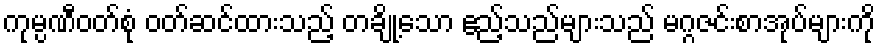
ကုမ္ပဏီဝတ်စုံ ဝတ်ဆင်ထားသည့် တချို့သော ဧည့်သည်များသည် မဂ္ဂဇင်းစာအုပ်များကို